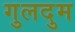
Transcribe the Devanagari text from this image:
गुलदुम